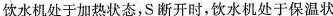
饮水机处于加热状态，S断开时，饮水机处于保温状